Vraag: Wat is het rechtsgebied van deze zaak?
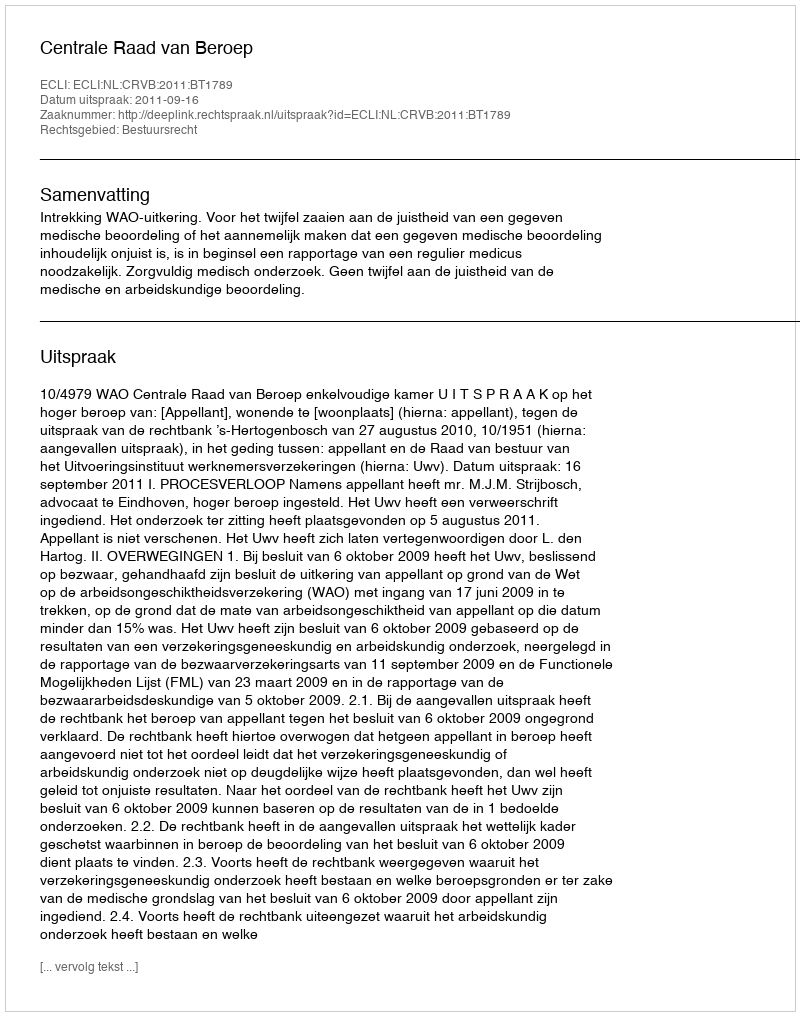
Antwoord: Bestuursrecht